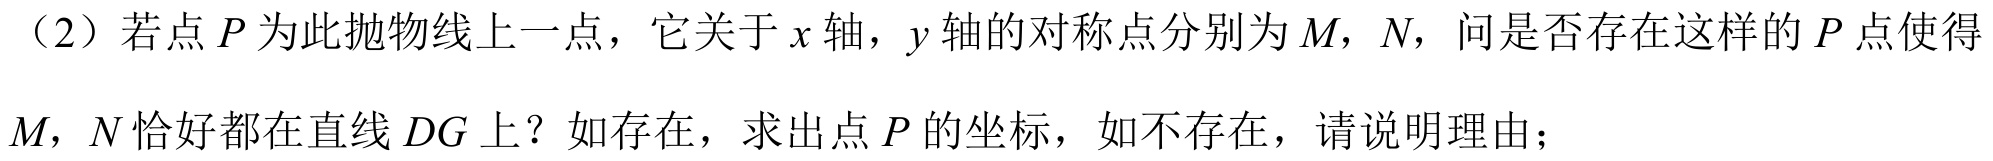
（2）若点 \(P\) 为此抛物线上一点，它关于 \(x\) 轴，\(y\) 轴的对称点分别为 \(M\)，\(N\)，问是否存在这样的 \(P\) 点使得 \(M\)，\(N\) 恰好都在直线 \(DG\) 上？如存在，求出点 \(P\) 的坐标，如不存在，请说明理由；